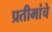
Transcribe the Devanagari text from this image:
प्रतीमांचे